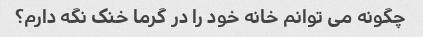
چگونه می توانم خانه خود را در گرما خنک نگه دارم؟